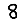
Digit: 8